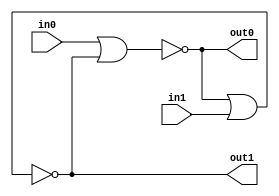
`timescale 1ns / 1ps

module sr_latch(

    input in0,
    input in1,
    output out0,
    output out1
    );
    
    assign #1 out0 = ~(in0 | out1);
    assign #1 out1 = ~(out0 | in1);
    
endmodule